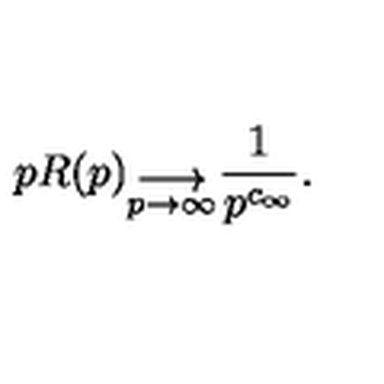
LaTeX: p R ( p ) _ { \stackrel { \displaystyle \longrightarrow } { p \rightarrow \infty } } { \frac { 1 } { p ^ { c _ { \infty } } } } .